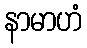
နာမာဟံ